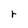
Character: r